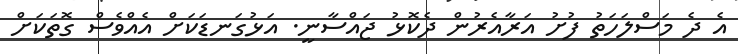
އެ ދެ މަސްލަހަތު ފުށު އަރާއެރުން ދެކޮޅު ޖައްސާނީ. އަޅުގަނޑަކަށް އެއްވެސް ގޮތަކަށް